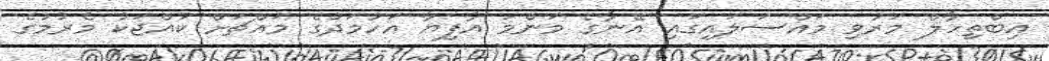
އިބްތިހާލް މަރުވި މައްސަލައިގައި އޭނާގެ މަންމަ އާފިޔާ އަހުމަދުގެ މައްޗަށް ކުއްޖަކު މެރުމުގެ